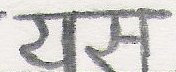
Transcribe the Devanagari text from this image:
सम